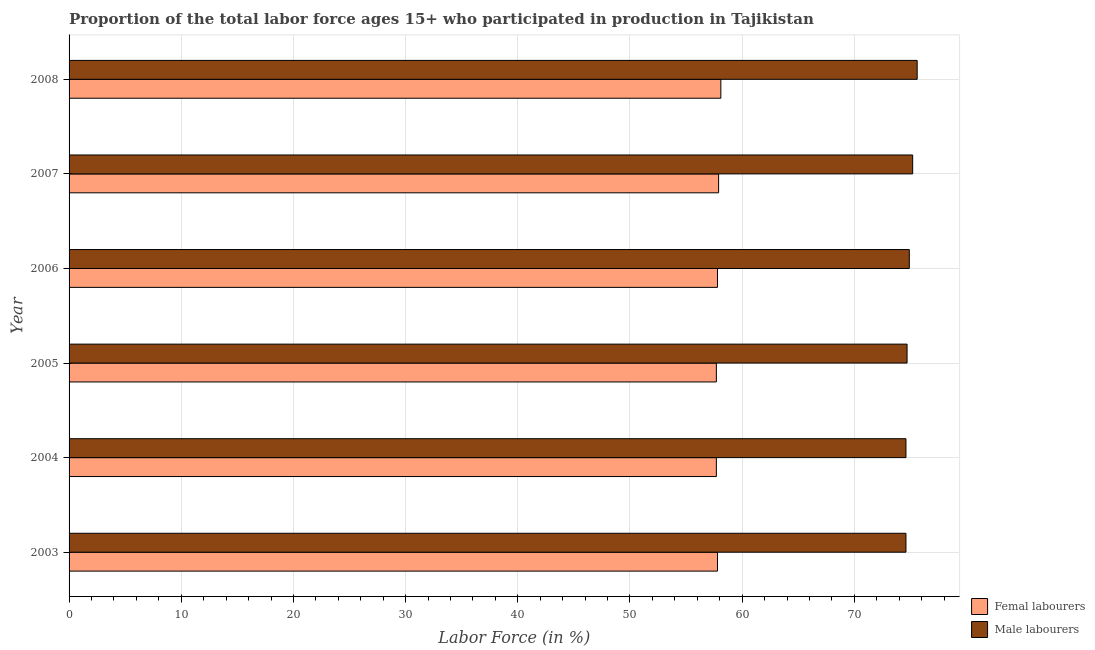
| Year | Femal labourers | Male labourers |
 | --- | --- | --- |
 | 2003 | 57.8 | 74.6 |
 | 2004 | 57.7 | 74.6 |
 | 2005 | 57.7 | 74.7 |
 | 2006 | 57.8 | 74.9 |
 | 2007 | 57.9 | 75.2 |
 | 2008 | 58.1 | 75.6 |